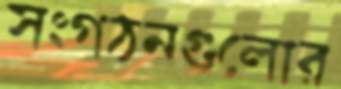
সংগঠনগুলোর